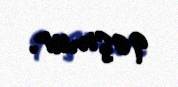
qoşmur.